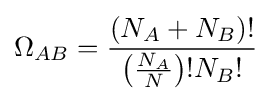
\Omega _{AB}={\frac {(N_{A}+N_{B})!}{\left({\frac {N_{A}}{N}}\right)!N_{B}!}}